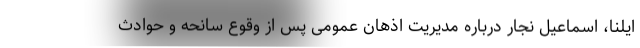
ایلنا، اسماعیل نجار درباره مدیریت اذهان عمومی پس از وقوع سانحه و حوادث